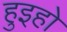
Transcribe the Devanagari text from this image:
हुइहो